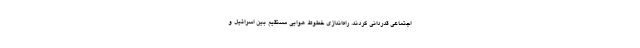
اجتماعی قدردانی کردند. راه‌اندازی خطوط هوایی مستقیم بین اسرائیل و